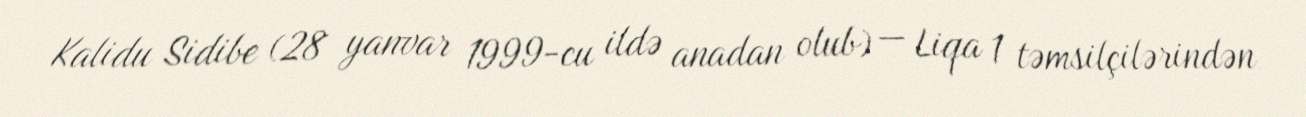
Kalidu Sidibe (28 yanvar 1999-cu ildə anadan olub) — Liqa 1 təmsilçilərindən